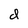
Character: d